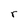
Character: r